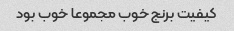
کیفیت برنج خوب مجموعا خوب بود